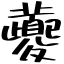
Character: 虁